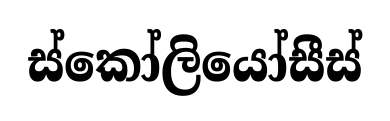
ස්කෝලියෝසීස්